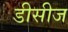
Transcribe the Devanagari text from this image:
डीसीज